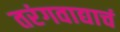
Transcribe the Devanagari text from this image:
तरंगवाद्याचं